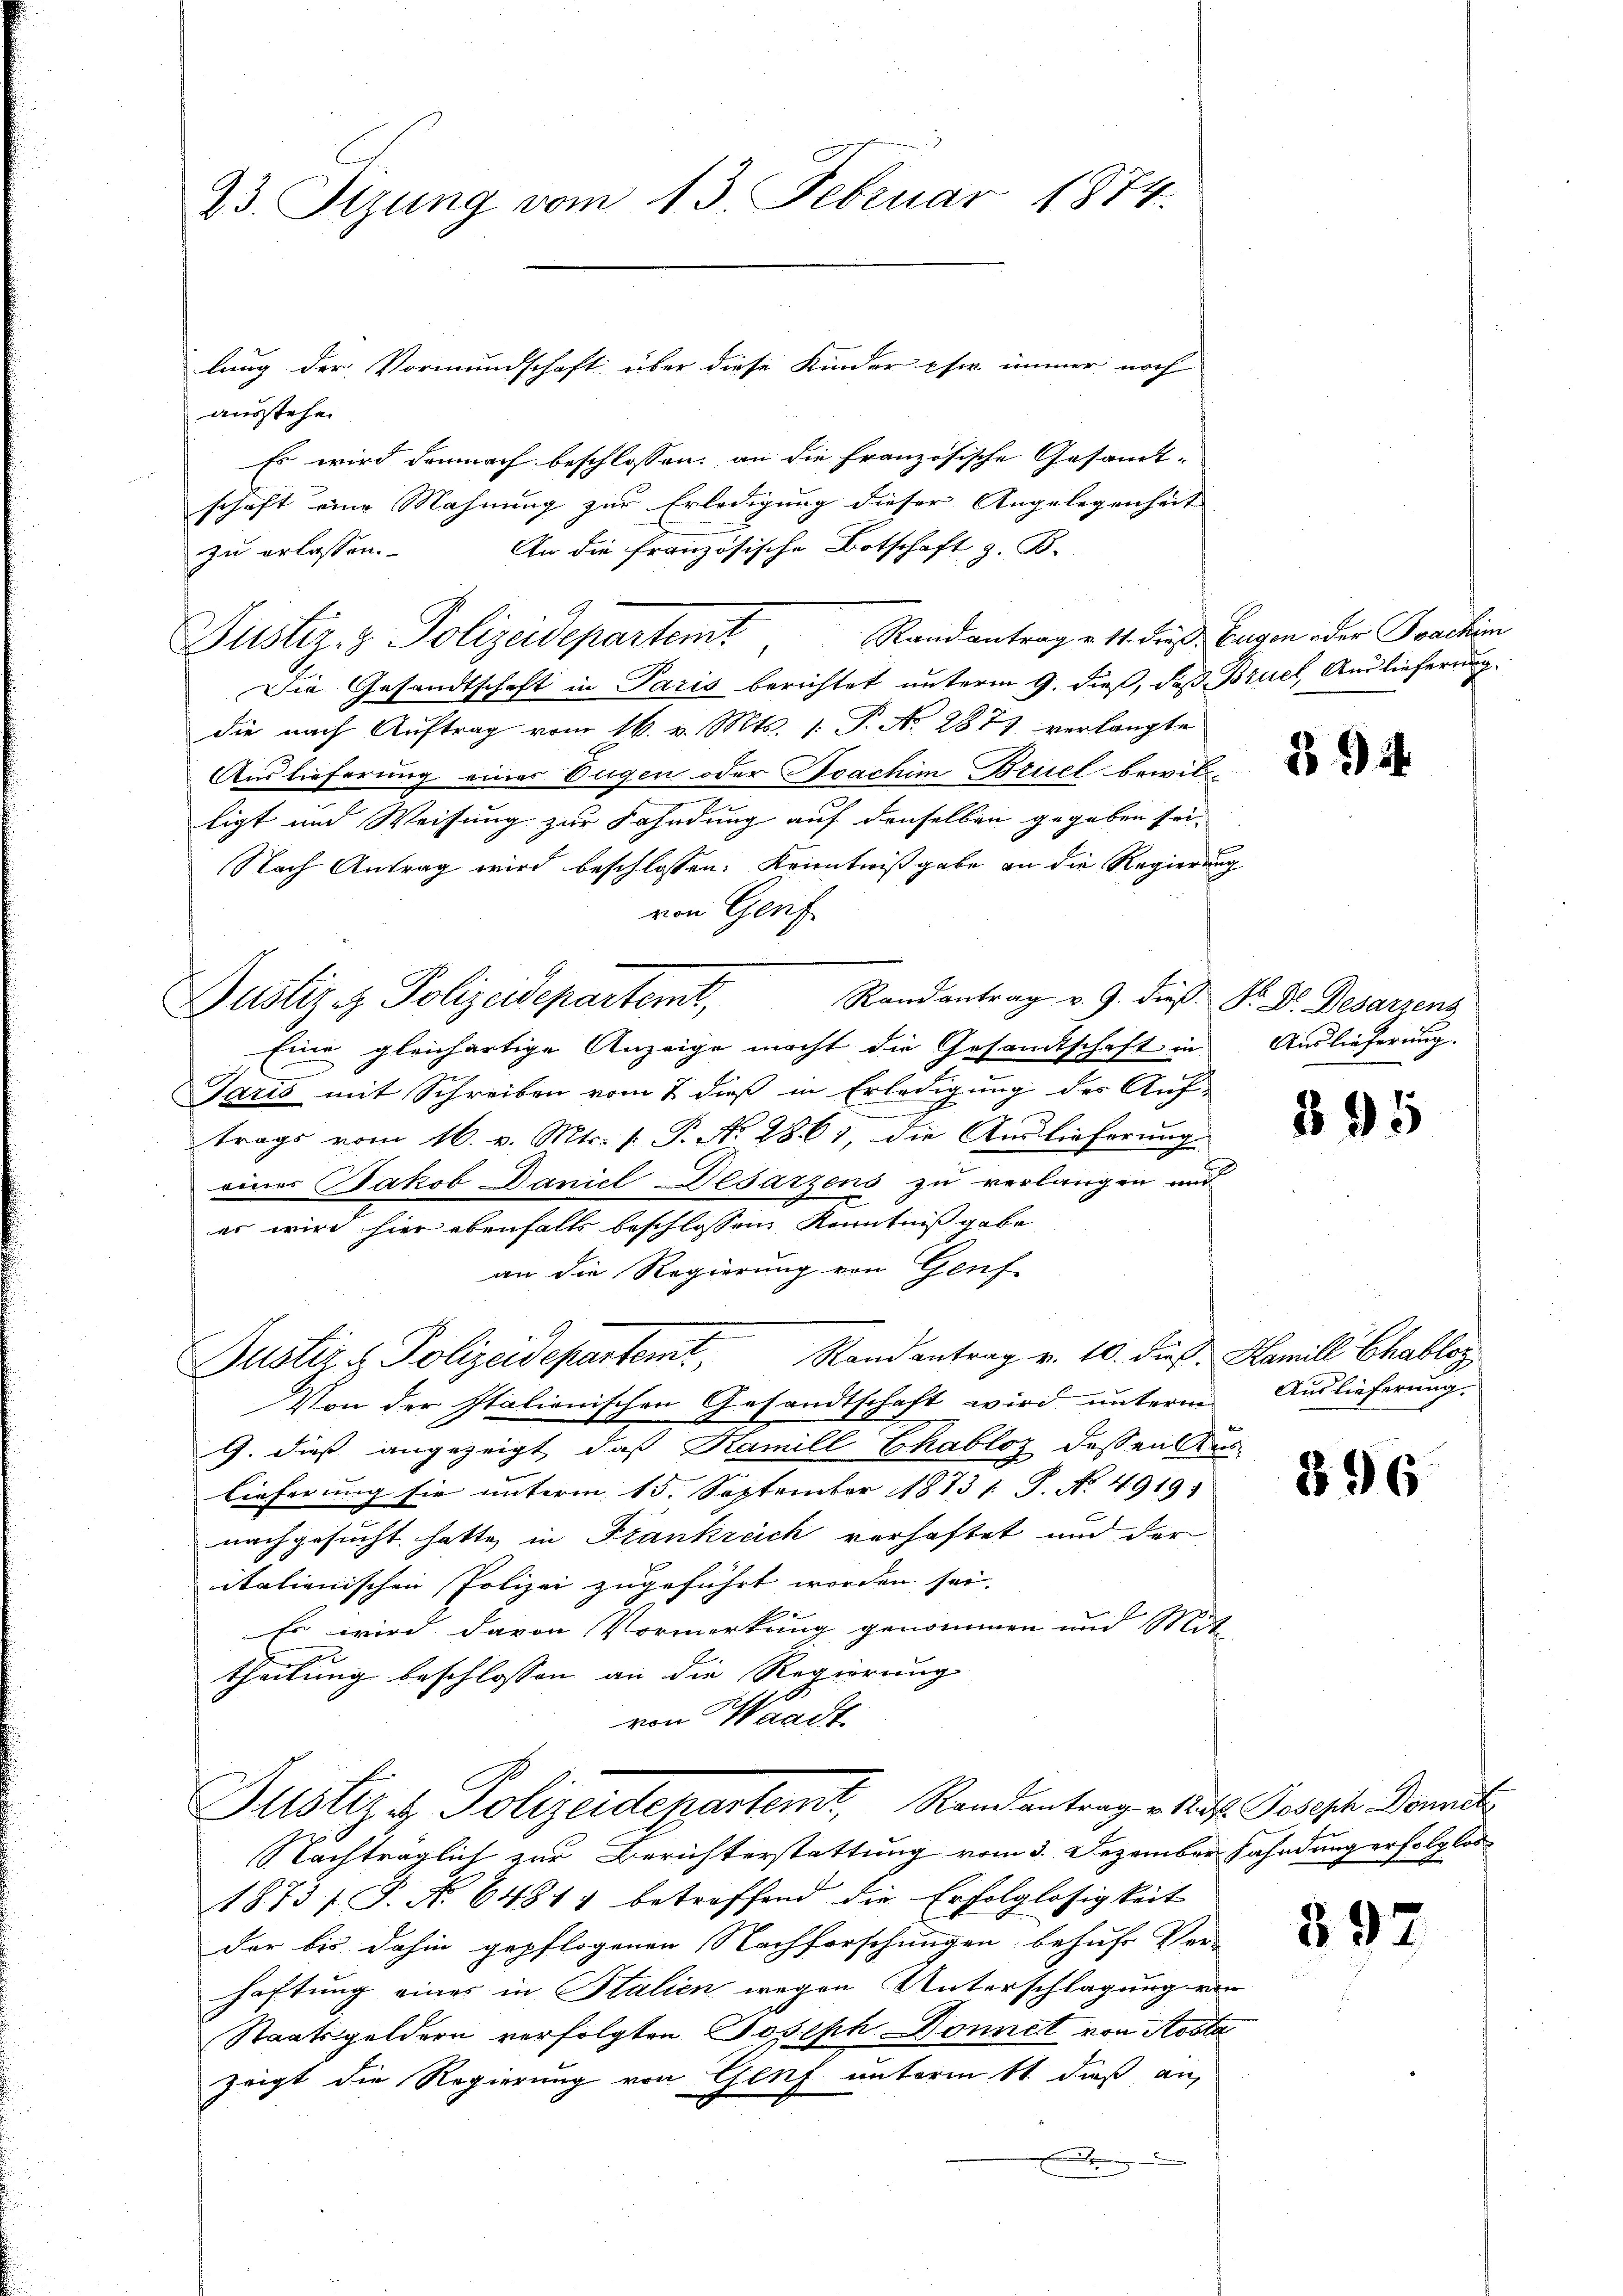
23. Sizung vom 13. Februar 1874.

ausstehen
Es wird demnach beschlossen, an die französische Gesamt- |
schaft eine Mahnung zur Erledigung dieser Angelegenheit |
Justiz- & Polizeidepartemt Randantrag v. 11. daß Eugen der Joachin
Die Gesandtschaft in Paris berichtet unterm 9. dieß, daß Bruel, Auslieferung
die nach Auftrag vom 16. v. Mts. 1. P. No 2877 verlangte
Auslieferung einer Eugen oder Joachim Bruel bewilligt und Weisung zur Fahndung auf denselben gegeben sei.
Nach Antrag wird beschlossen: Kenntnißgabe an die Regierung
von Genf
Randantrag v. 9. dieß. Sr. Dr. Desarzens
Eine gleichartige Anzeige macht die Gesandtschaft in
Saris mit Schreiben vom 7 dieß in Erledigung des Auf-
und
trags vom 16. v. Mts. 1. P. No 2861, die Auslieferung
einer Jakob Daniel Desarzens zu verlangen und
es wird hier ebenfalls beschlossen Kenntnißgabe
an die Regierung von Genf
Justiz & Polizeidepartemt, Randantrag v. 10. dieß. Hamill Chabloz
Von der Italienischen Gesandtschaft wird unterm Auslieferung.
G. dieß angezeigt, daß Kamill Chabloz dessen Aus-
lieferung sie unterm 15. September 1873 1 S. N. 4919.
nachgesucht hatte in Frankreich verhaftet und der
italienischen Polizei zugeführt worden sei.
Es wird davon Vormerkung genommen und Mit
theilung beschlossen an die Regierung
von Waadt
Justiz & Polizeidepartemt, Randantrage. Auf Joseph Domit
Nachträglich zur Berichterstattung vom 3. Dezember Fahndung erfolglos
1873/ P. No 6481) betreffend die Erfolglosigkeit
der bis dahin gepflogenen Nachforschungen behufs Ver-
haftung eines in Stalien wegen Unterschlagung vo
Staatsgeldern verfolgten Joseph Donnet von Aosta
zeigt die Regierung von Genf unterm 11 dieß an,

An die französische Botschaft z. B.
zu erlassen.

Justiz- & Polizeidepartemt,

lung der Vormundschaft über diese Kinder phir immer noch

u

894.

Auslieferung.

395

896

e
2

892